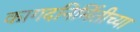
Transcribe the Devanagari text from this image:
कागदनिर्मितीच्या